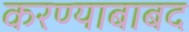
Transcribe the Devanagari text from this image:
करण्याबाबद